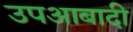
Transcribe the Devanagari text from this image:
उपआबादी